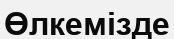
Өлкемізде